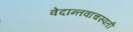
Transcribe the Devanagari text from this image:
वेदान्तवाचस्पती